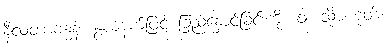
နီလတာဗန္ဓနံ၊ နွယ်နက်ဖြင့် ခြည်နှောင်ခြင်းကို။ ဝါ၊ သို့မဟုတ်။